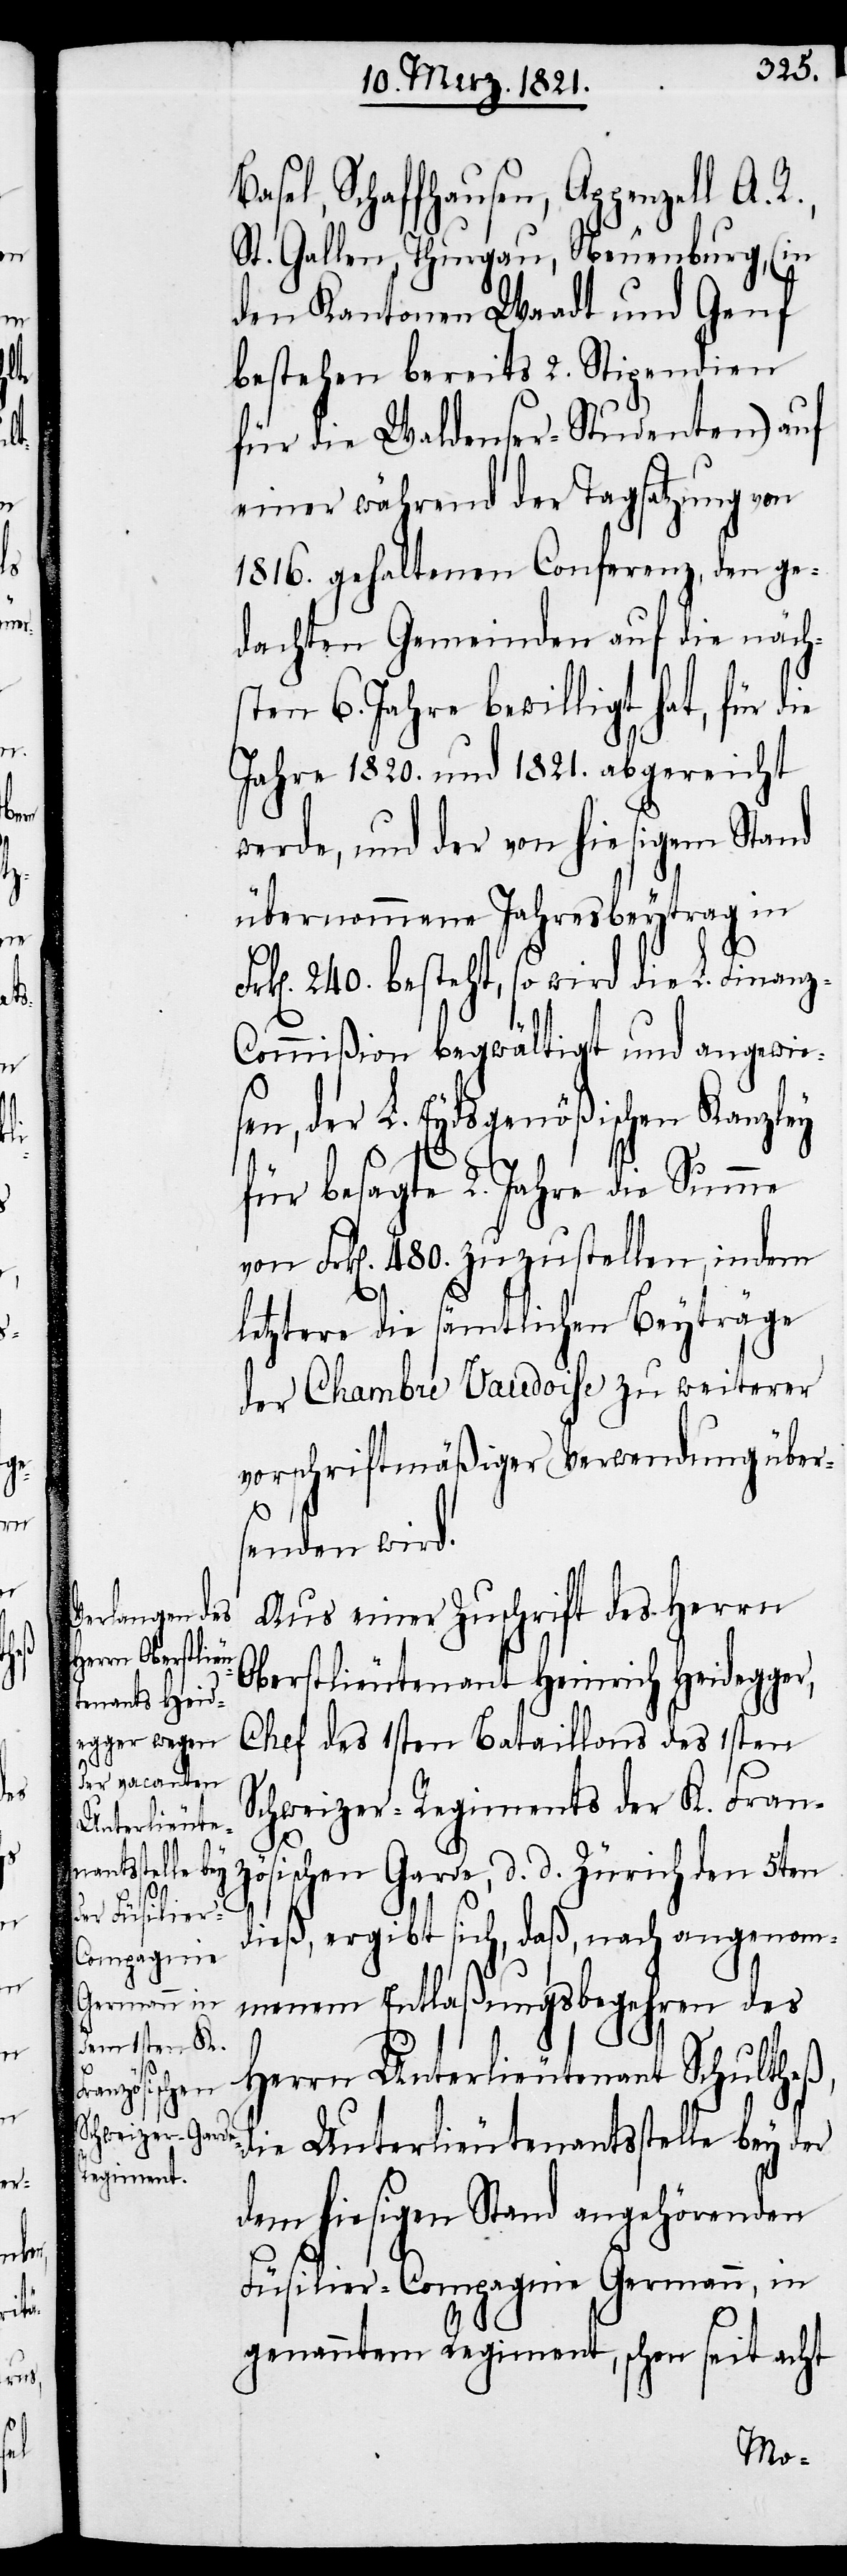
die

Fr¬

Basel, Schaffhausen, Appenzell A.
St. Gallen, Thurgau, Neuenburg, (in
den Kantonen Waadt und Genf
bestehen bereits 2. Stipendien
für die Waldenser-Studenten) auf
einer während der Tagsatzung von
1816. gehaltenen Conferenz, den ge¬
dachten Gemeinden auf die näch¬
sten 6. Jahre bewilligt hat, für
Jahre 1820. und 1821. abgereicht
werde, und der von hiesigem Stand
übernommenen Jahresbeytrag in
k[en]. 240. besteht, so wird die L. Finanz-C¬
ommißion begwältigt und angewies¬
en, der L. Eydsgenößischen Kanzley
für besagte 2. Jahre die Summe
von Frk[en]. 480. zuzustellen, indem
letztere die sämtlichen Beyträge
der Chambre Vaudoise zu weiterer
vorschriftsmäßiger Verwendung über¬
senden wird.
Aus einer Zuschrift des Herrn
Oberstlieutenant Heinrich Heidegger,
Chef des 1sten Bataillons des 1sten
Schweizer-Regiments der K. Fran¬
zösischen Garde, d. d. Zürich den 5ten
dieß, ergibt sich, daß, nach angenom¬
menem Entlaßungsbegehren des
Herrn Unterlieutenant Schultheß,
die Unterlieutenantsstelle bey der
dem hiesigen Stand angehörenden
Füsilier-Compagnie Germann, in
genanntem Regiment, schon seit acht